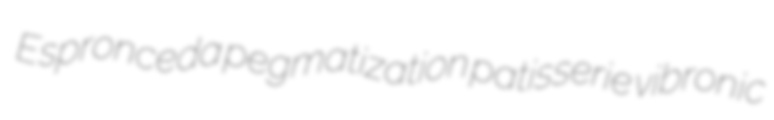
Espronceda pegmatization patisserie vibronic